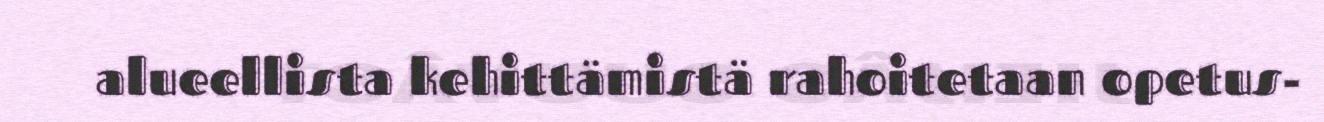
alueellista kehittämistä rahoitetaan opetus-